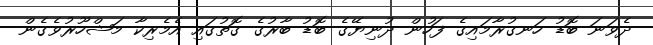
ދެވަނަ ބޮޑު ހަނގުރާމައިގެ ފަހުން ދުނިޔޭގެ ބޮޑު ބާރުގެ ގޮތުގައި އެމެރިކާ މަޝްހޫރުވެގެން